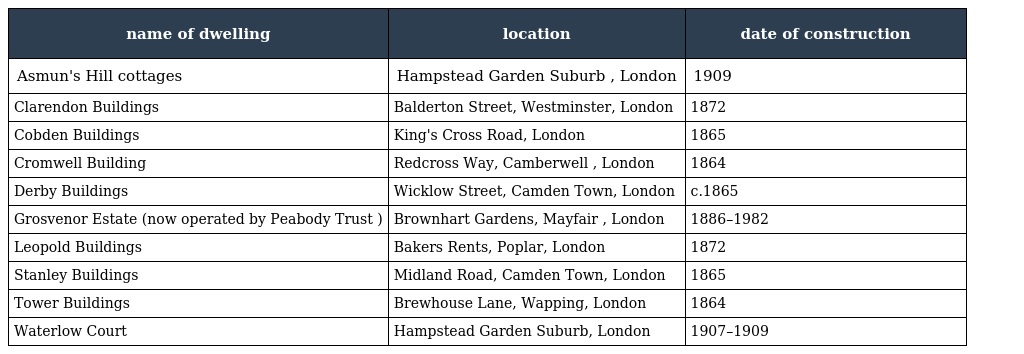
| name of dwelling | location | date of construction |
 | --- | --- | --- |
 | Asmun's Hill cottages | Hampstead Garden Suburb , London | 1909 |
 | Clarendon Buildings | Balderton Street, Westminster, London | 1872 |
 | Cobden Buildings | King's Cross Road, London | 1865 |
 | Cromwell Building | Redcross Way, Camberwell , London | 1864 |
 | Derby Buildings | Wicklow Street, Camden Town, London | c.1865 |
 | Grosvenor Estate (now operated by Peabody Trust ) | Brownhart Gardens, Mayfair , London | 1886–1982 |
 | Leopold Buildings | Bakers Rents, Poplar, London | 1872 |
 | Stanley Buildings | Midland Road, Camden Town, London | 1865 |
 | Tower Buildings | Brewhouse Lane, Wapping, London | 1864 |
 | Waterlow Court | Hampstead Garden Suburb, London | 1907–1909 |